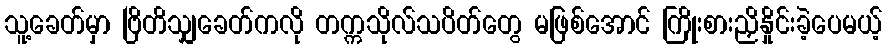
သူ့ခေတ်မှာ ဗြိတိသျှခေတ်ကလို တက္ကသိုလ်သပိတ်တွေ မဖြစ်အောင် ကြိုးစားညှိနှိုင်းခဲ့ပေမယ့်